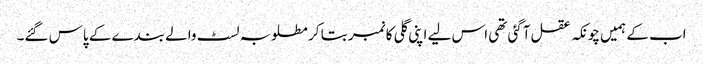
اب کے ہمیں چونکہ عقل آگئی تھی اس لیے اپنی گلی کا نمبر بتا کر مطلوبہ لسٹ والے بندے کے پاس گئے۔